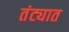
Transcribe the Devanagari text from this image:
तंट्यात